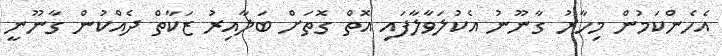
އެހެންކަމުން މިހާރު ގާނޫނު އެކުލަވާލާފައި އޮތް ގޮތަށް ބަލާއިރު ޒަކާތް ދެއްކުން ގާނޫނީ